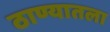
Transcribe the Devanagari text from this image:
ठाण्यातला